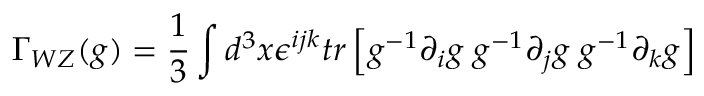
\Gamma _ { W Z } ( g ) = { \frac { 1 } { 3 } } \int d ^ { 3 } x \epsilon ^ { i j k } t r \left[ g ^ { - 1 } \partial _ { i } g \; g ^ { - 1 } \partial _ { j } g \; g ^ { - 1 } \partial _ { k } g \right]